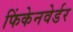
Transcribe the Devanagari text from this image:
फिंकेनवेर्डर